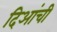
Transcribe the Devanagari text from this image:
दिआंची